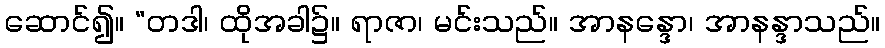
ဆောင်၍။ “တဒါ၊ ထိုအခါ၌။ ရာဇာ၊ မင်းသည်။ အာနန္ဒော၊ အာနန္ဒာသည်။